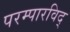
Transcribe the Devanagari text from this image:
परम्पारविद्